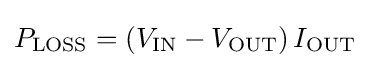
P_{\text{LOSS}}=\left(V_{\text{IN}}-V_{\text{OUT}}\right)I_{\text{OUT}}